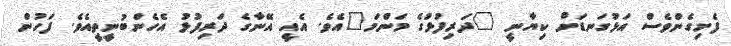
ފެށިގެންވެސް އަޅުގަނޑަށް ކިޔާނީ "ދަރިފުޅުގެ މަންމަ"އެވެ. އެއީ އޭނާގެ ދަރިފުޅު އެހެންބުނީތީއެވެ. ފަހުން